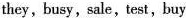
they,busy,sale,test,buy